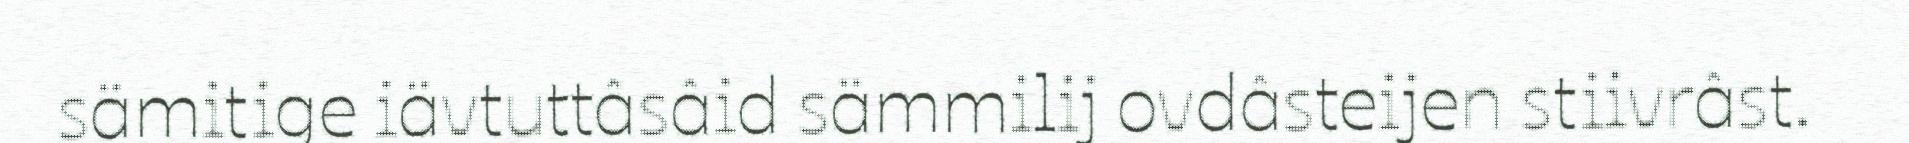
sämitige iävtuttâsâid sämmilij ovdâsteijen stiivrâst.